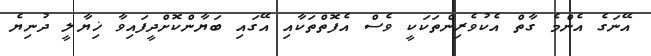
އޭނަގެ އެންމެ ގާތް އެކުވެރިންތަކަކީ ވެސް އެފޮތްތަކާއި އޭގައި ބަޔާންކޮށްދީފައިވާ ޚިޔާލީ ދުނިޔެ